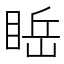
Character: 𥇸